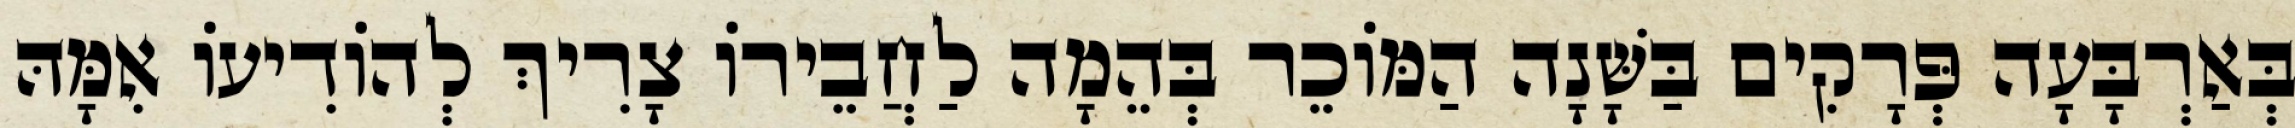
בְּאַרְבָּעָה פְּרָקִים בַּשָּׁנָה הַמּוֹכֵר בְּהֵמָה לַחֲבֵירוֹ צָרִיךְ לְהוֹדִיעוֹ אִמָּהּ